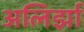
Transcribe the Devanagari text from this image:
अलिर्झा